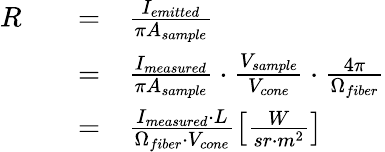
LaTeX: \begin{array}{rlrl}{R}&{}&{=}&{\frac{I_{emitted}}{\pi A_{sample}}}\\ &{}&{=}&{\frac{I_{measured}}{\pi A_{sample}}\cdot\frac{V_{sample}}{V_{cone}}\cdot\frac{4\pi}{\Omega_{fiber}}}\\ &{}&{=}&{\frac{I_{measured}\cdot L}{\Omega_{fiber}\cdot V_{cone}}\left[\frac{W}{sr\cdot m^{2}}\right]}\end{array}